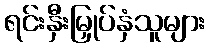
ရင်းနှီးမြှုပ်နှံသူများ